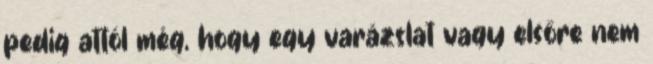
pedig attól még, hogy egy varázslat vagy elsőre nem